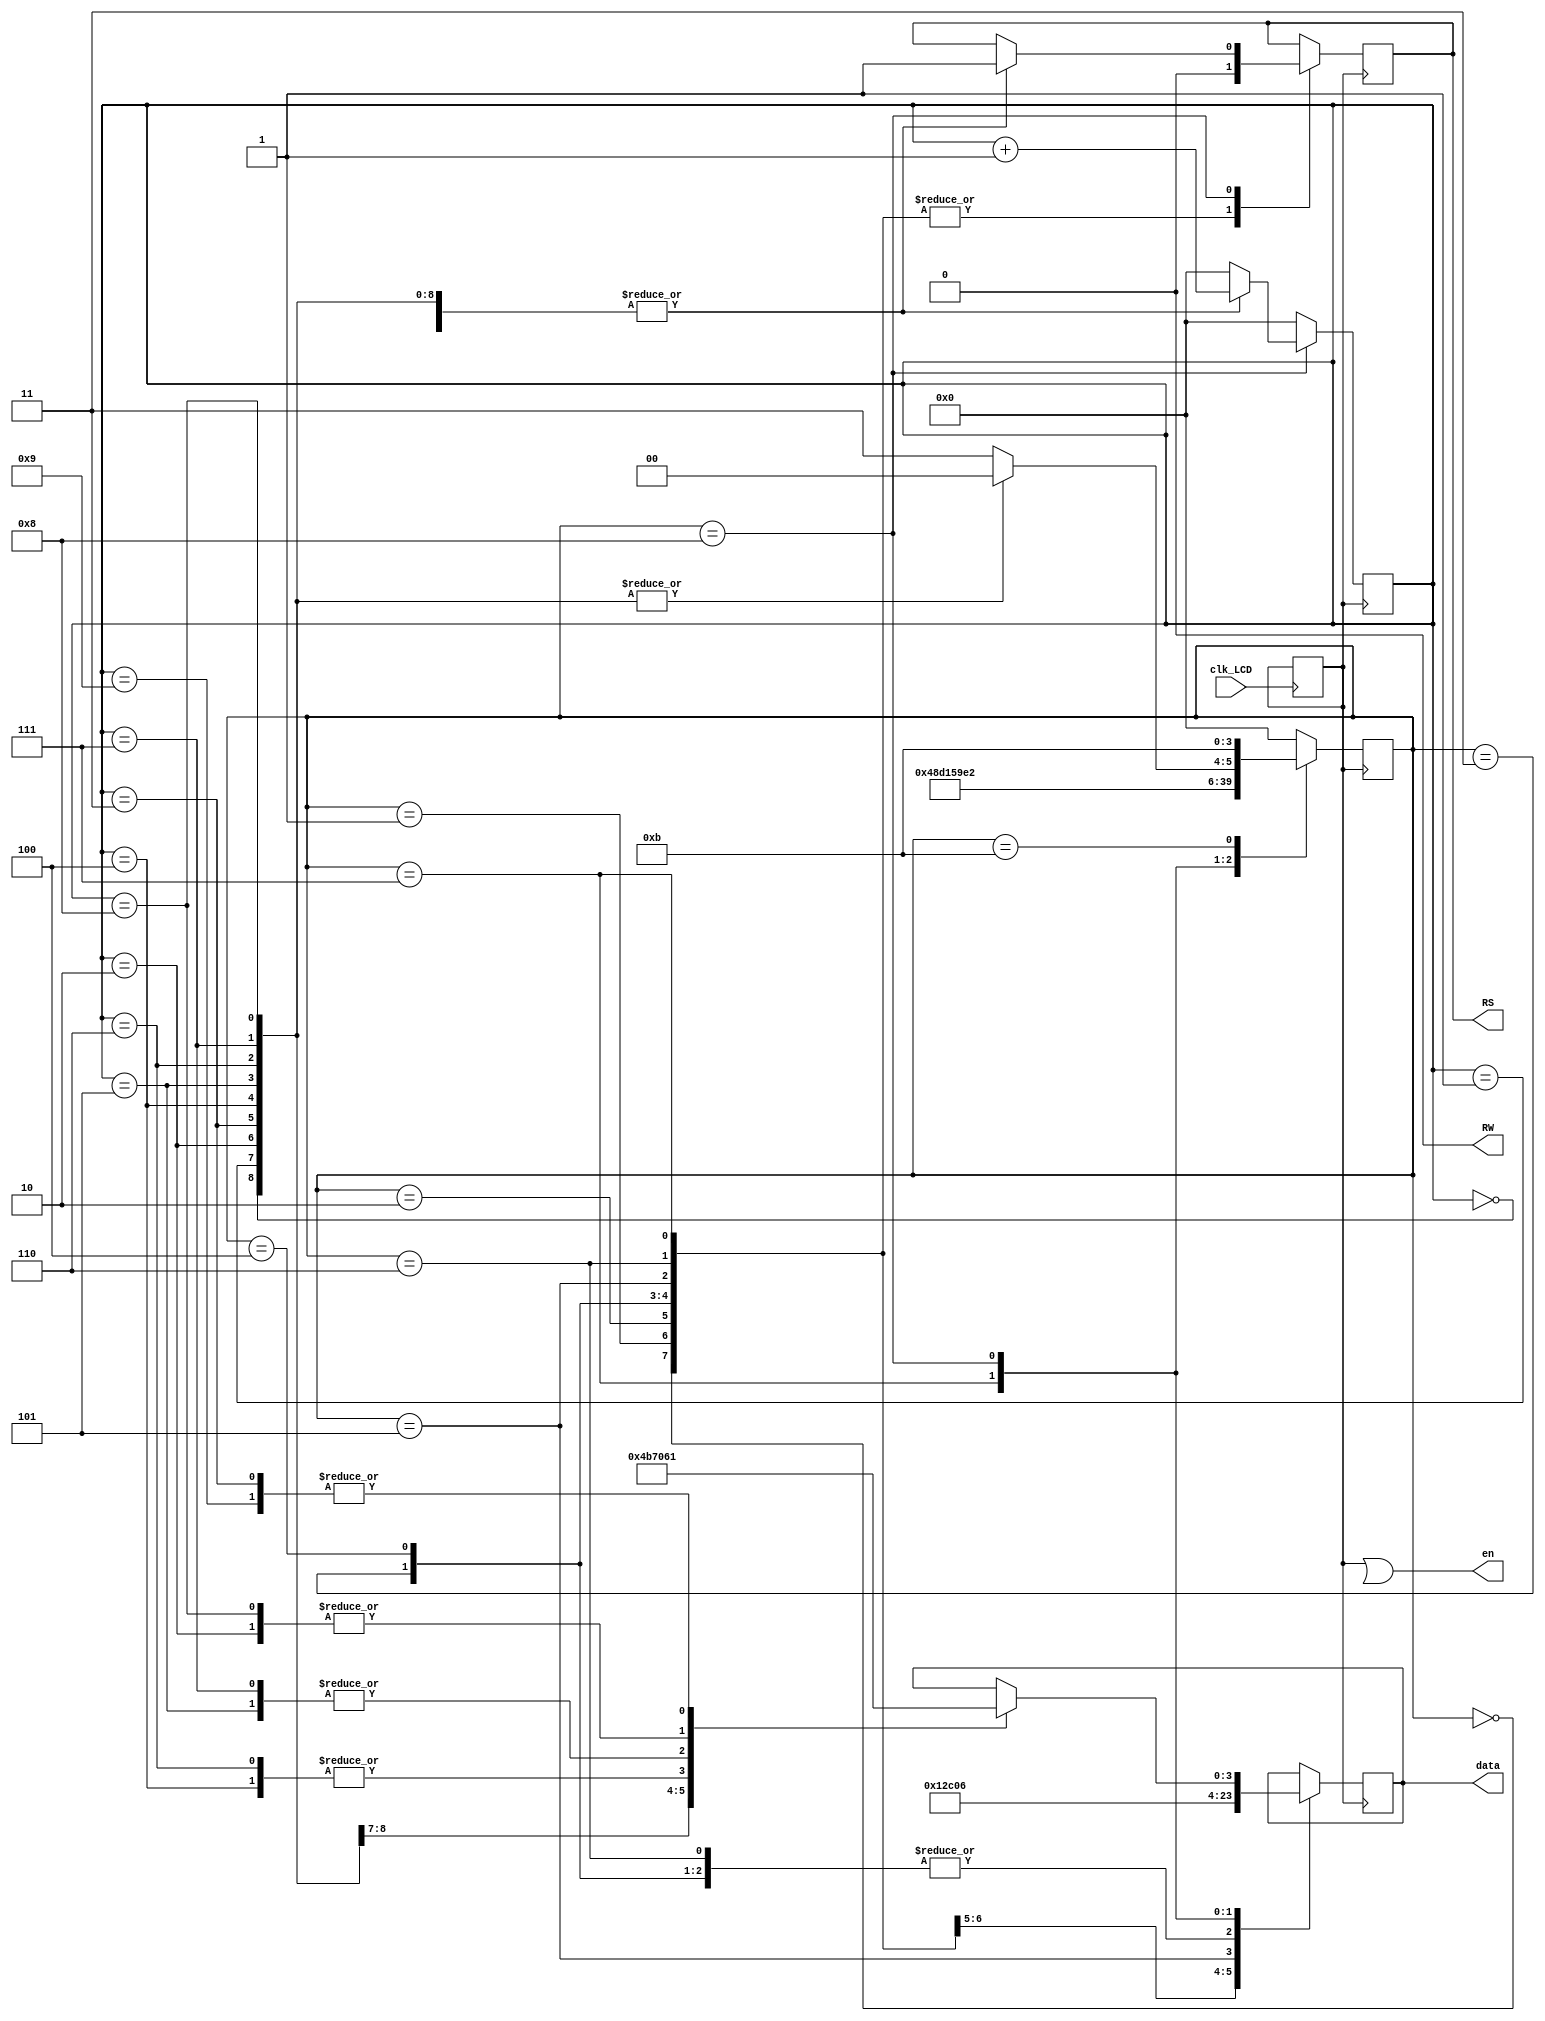
module lcd_show(clk_LCD, en, RS, RW, data);

input			clk_LCD;    
output		en,RS,RW;
output reg  [3:0] data;
reg			RS;
reg			e;
reg 			clk;
reg      	[3:0] num;
reg 			[3:0] state; 
parameter   clear_lcd_msb			= 4'b0000,
				clear_lcd_lsb			= 4'b0001,
				set_disp_mode_msb		= 4'b0010,
				set_disp_mode_lsb		= 4'b0011,
            disp_on_msb				= 4'b0100,
				disp_on_lsb				= 4'b0101,
				shift_down_msb			= 4'b0110,
            shift_down_lsb			= 4'b0111,
				write_kappa				= 4'b1000,
            idle     				= 4'b1011;
assign RW = 1'b0;                            
assign en = clk | e;

always @(posedge clk_LCD)     
begin 
	counter <= counter + 1; 
	if (counter == 16'h000f)  
		clk <= ~clk; 
end 

always @(posedge clk)
begin
	state <= clear_lcd_msb;
	num <= 4'b0;
	case (state)
	clear_lcd_msb:					//очистка дисплея
		begin
			RS	<= 1'b0;
			data <= 4'b0000;
			state <= clear_lcd_lsb;
		end
	clear_lcd_lsb:					
		begin
			RS	<= 1'b0;
			data <= 4'b0001;
			state <= set_disp_mode_msb;
		end		
	set_disp_mode_msb:				//установка режима отображения: 4-битная 1-строчная матрица 5x8 точек
		begin
			RS	<= 1'b0;
			data <= 4'b0010;
			state <= set_disp_mode_lsb;
		end
	set_disp_mode_lsb:				
		begin
			RS	<= 1'b0;
			data <= 4'b0000;
			state <= disp_on_msb;
		end		
	disp_on_msb:            		//дисплей включен, курсор не отображается, и курсор не может мигать
		begin
			RS	<= 1'b0;
			data <= 4'b0000;
			state  <= disp_on_lsb;                         
		end
	disp_on_lsb:            		
		begin
			RS	<= 1'b0;
			data <= 4'b1100;
			state  <= shift_down_msb;                         
		end
	shift_down_msb:        		//текст не перемещается, курсор автоматически перемещается вправо
		begin
			RS	<= 1'b0;
			data <= 4'b0000;
			state <= shift_down_lsb;                      
      end
	shift_down_lsb:        		
		begin
			RS	<= 1'b0;
			data <= 4'b0110;
			state <= write_kappa;                      
      end
	write_kappa:       		
		begin
		case(num)
		0: 
			begin
				RS	<= 1'b1;
				data  <= 4'b0100;
				num   <= num + 1;
				state <= write_kappa;
			end
		1: 
			begin
				RS	<= 1'b1;
				data  <= 4'b1011;
				num   <= num + 1;
				state <= write_kappa;
			end
		2: 
			begin
				RS	<= 1'b1;
				data  <= 4'b0110;
				num   <= num + 1;
				state <= write_kappa;
			end
		3: 
			begin
				RS	<= 1'b1;
				data  <= 4'b0001;
				num   <= num + 1;
				state <= write_kappa;
			end	
		4: 
			begin
				RS	<= 1'b1;
				data  <= 4'b0111;
				num   <= num + 1;
				state <= write_kappa;
			end
		5: 
			begin
				RS	<= 1'b1;
				data  <= 4'b0000;
				num   <= num + 1;
				state <= write_kappa;
			end	
		6: 
			begin
				RS	<= 1'b1;
				data  <= 4'b0111;
				num   <= num + 1;
				state <= write_kappa;
			end
		7: 
			begin
				RS	<= 1'b1;
				data  <= 4'b0000;
				num   <= num + 1;
				state <= write_kappa;
			end
		8: 
			begin
				RS	<= 1'b1;
				data  <= 4'b0110;
				num   <= num + 1;
				state <= write_kappa;
			end
		9: 
			begin
				RS	<= 1'b1;
				data  <= 4'b0001;
				num   <= num + 1;
				state <= idle;
			end	
		default:
			state <= idle;
		endcase
		end
	idle:           
		begin
			state <= idle;            
		end
   default:  
		state <= clear_lcd_msb;
   endcase
end
endmodule